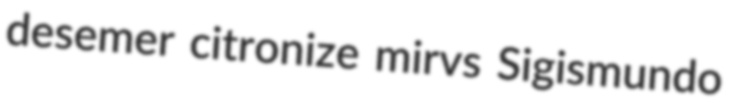
desemer citronize mirvs Sigismundo